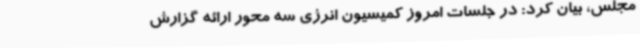
مجلس، بیان کرد: در جلسات امروز کمیسیون انرژی سه محور ارائه گزارش